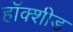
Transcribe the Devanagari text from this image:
हॉक्शीड